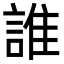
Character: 誰